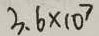
3 . 6 \times 1 0 ^ { 7 }